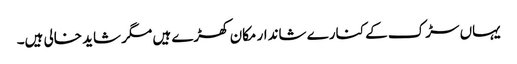
یہاں سڑک کے کنارے شاندار مکان کھڑے ہیں مگر شاید خالی ہیں۔